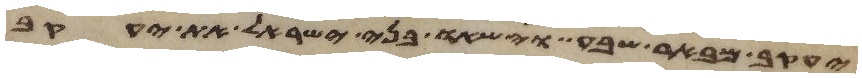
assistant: יעקב מבאר שבע וישאו בני ישראל את יעקב